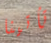
تأتينا